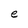
Character: e